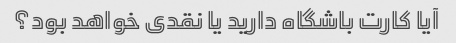
آیا کارت باشگاه دارید یا نقدی خواهد بود؟